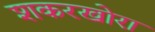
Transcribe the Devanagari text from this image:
शकरखोरा